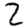
Digit: 2